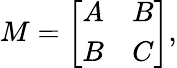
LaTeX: M={\left[\begin{array}{ll}{A}&{B}\\ {B}&{C}\end{array}\right]},